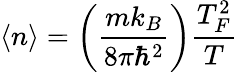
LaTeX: \langle n\rangle=\left(\frac{mk_{B}}{8\pi\hbar^{2}}\right){\frac{T_{F}^{2}}{T}}